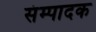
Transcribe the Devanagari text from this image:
संम्पादक